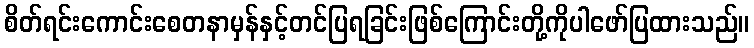
စိတ်ရင်းကောင်းစေတနာမှန်နှင့်တင်ပြရခြင်းဖြစ်ကြောင်းတို့ကိုပါဖော်ပြထားသည်။